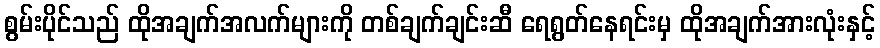
စွမ်းပိုင်သည် ထိုအချက်အလက်များကို တစ်ချက်ချင်းဆီ ရေရွတ်နေရင်းမှ ထိုအချက်အားလုံးနှင့်